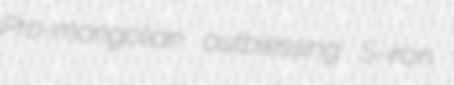
Pro-mongolian outblessing S-iron